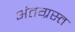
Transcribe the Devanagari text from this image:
अंतग्रस्त